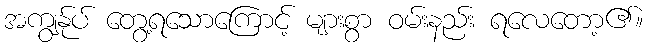
အကျွန်ုပ် တွေ့ရသောကြောင့် များစွာ ဝမ်းနည်း ရလေတော့၏။